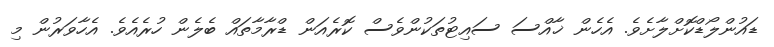
ޑައުންލޯޑްކޮށްލާށެވެ. އެހެން ޚާއްސަ ސައިޓުތަކުންވެސް ކޮރެއަން ޑްރާމާތައް ބެލެން ހުރެއެވެ. އެހާވަރުން މި